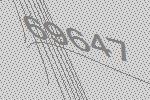
69647